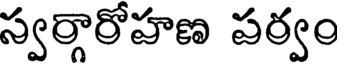
స్వర్గారోహణ పర్వం